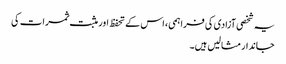
یہ شخصی آزادی کی فراہمی، اس کے تحفظ اور مثبت ثمرات کی
جاندار مثالیں ہیں۔